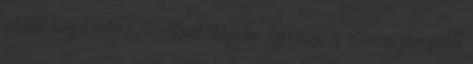
intettek búcsút nekünk, nézőknek. Minden gyilkolászás ellenére sem szállt